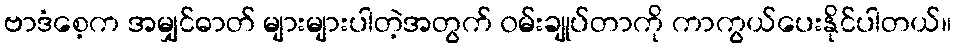
ဗာဒံစေ့က အမျှင်ဓာတ် များများပါတဲ့အတွက် ၀မ်းချုပ်တာကို ကာကွယ်ပေးနိုင်ပါတယ်။